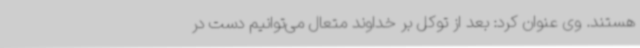
هستند. وی عنوان کرد: بعد از توکل بر خداوند متعال می‌توانیم دست در